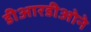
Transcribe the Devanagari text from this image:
डीआरडीओने